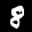
Label: 8